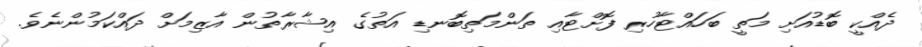
ދެއްކީ ބޮޑުއަށި މަތީ ބަހައްޓާހުރި ފޮށްޓާއި ތަންމަތިބޮނޑި އަތުގެ އިޝާރާތުން އާޒިމަށް ދައްކަމުންނެވެ.